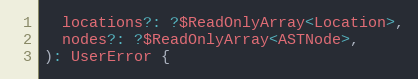
Language: JavaScript
  locations?: ?$ReadOnlyArray<Location>,
  nodes?: ?$ReadOnlyArray<ASTNode>,
): UserError {